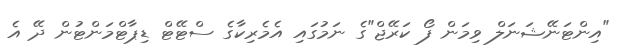
"އިންޓަނޭޝަނަލް ވިމަން ފޯ ކަރޭޖް"ގެ ނަމުގައި އެމެރިކާގެ ސްޓޭޓް ޑިޕާޓްމަންޓުން ދޭ އެ